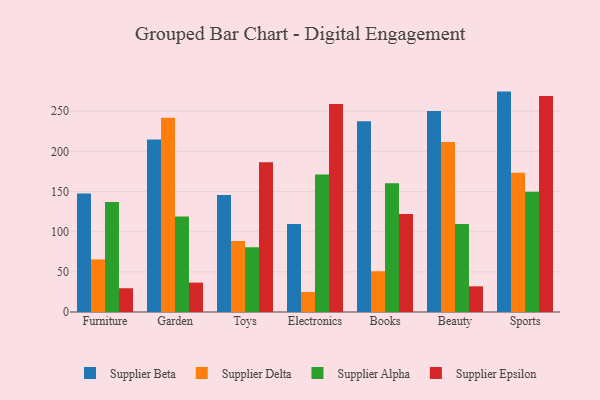
{"axis": {"x": "Category", "y": "Production Output"}, "legend": ["Supplier Alpha", "Supplier Beta", "Supplier Delta", "Supplier Epsilon"], "data": [{"x": "Furniture", "y": 147.7, "type": "Supplier Beta"}, {"x": "Furniture", "y": 65.5, "type": "Supplier Delta"}, {"x": "Furniture", "y": 136.9, "type": "Supplier Alpha"}, {"x": "Furniture", "y": 29.6, "type": "Supplier Epsilon"}, {"x": "Garden", "y": 214.9, "type": "Supplier Beta"}, {"x": "Garden", "y": 241.8, "type": "Supplier Delta"}, {"x": "Garden", "y": 118.8, "type": "Supplier Alpha"}, {"x": "Garden", "y": 36.6, "type": "Supplier Epsilon"}, {"x": "Toys", "y": 145.7, "type": "Supplier Beta"}, {"x": "Toys", "y": 88.5, "type": "Supplier Delta"}, {"x": "Toys", "y": 80.6, "type": "Supplier Alpha"}, {"x": "Toys", "y": 186.5, "type": "Supplier Epsilon"}, {"x": "Electronics", "y": 109.6, "type": "Supplier Beta"}, {"x": "Electronics", "y": 24.9, "type": "Supplier Delta"}, {"x": "Electronics", "y": 171.4, "type": "Supplier Alpha"}, {"x": "Electronics", "y": 259.2, "type": "Supplier Epsilon"}, {"x": "Books", "y": 237.6, "type": "Supplier Beta"}, {"x": "Books", "y": 50.7, "type": "Supplier Delta"}, {"x": "Books", "y": 160.2, "type": "Supplier Alpha"}, {"x": "Books", "y": 122.1, "type": "Supplier Epsilon"}, {"x": "Beauty", "y": 250.2, "type": "Supplier Beta"}, {"x": "Beauty", "y": 211.7, "type": "Supplier Delta"}, {"x": "Beauty", "y": 109.6, "type": "Supplier Alpha"}, {"x": "Beauty", "y": 32.0, "type": "Supplier Epsilon"}, {"x": "Sports", "y": 274.5, "type": "Supplier Beta"}, {"x": "Sports", "y": 173.5, "type": "Supplier Delta"}, {"x": "Sports", "y": 149.8, "type": "Supplier Alpha"}, {"x": "Sports", "y": 268.9, "type": "Supplier Epsilon"}]}